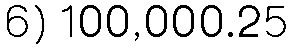
6) 100,000.25